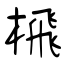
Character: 榌